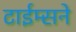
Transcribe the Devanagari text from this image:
टाईम्सने